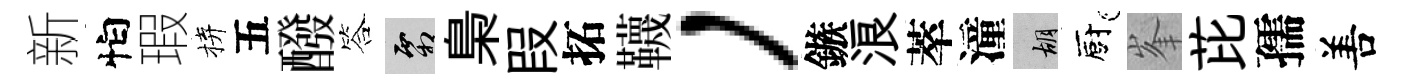
新怕瑕拚五醱答霜梟叚拓韈，鏃浪萃潼胡廚峯芘孺𠵊